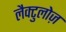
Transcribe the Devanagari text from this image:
लैक्टुलोज़